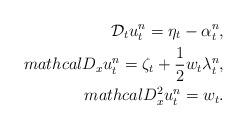
LaTeX: \begin{align*}\mathcal{D}_{t}u^{n}_t=\eta_{t}-\alpha_{t}^{n}, \\mathcal{D}_{x}u^{n}_t=\zeta_{t}+\frac{1}{2}w_{t}\lambda_{t}^{n}, \\mathcal{D}_{x}^{2}u^{n}_t=w_{t}.\end{align*}